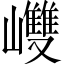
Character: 𡾼